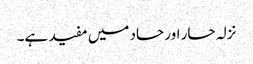
نزلہ حار اور حاد میں مفید ہے۔